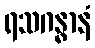
ရသဂန္ဓာနံ